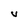
Character: V